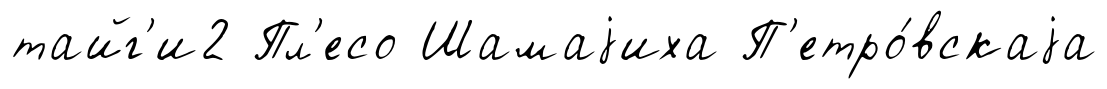
тайг'и2 Пл'есо Шамаjиха П'етро́вскаjа